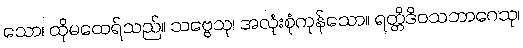
သော၊ ထိုမထေရ်သည်။ သဗ္ဗေသု၊ အလုံးစုံကုန်သော။ ရတ္တိဒိဝသဘာဂေသု၊